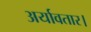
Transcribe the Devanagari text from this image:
अर्यावतार।